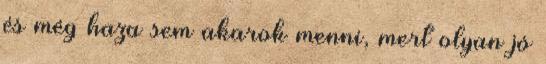
és még haza sem akarok menni, mert olyan jó